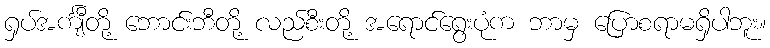
ရှပ်အင်္ကျီတို့ ဘောင်းဘီတို့ လည်စီးတို့ အရောင်ရွေးပုံက ဘာမှ ပြောစရာမရှိပါဘူး။